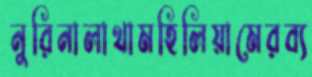
নুরিনালাথামহিলিয়ামেরব্য